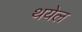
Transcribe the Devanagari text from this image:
थयेल